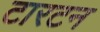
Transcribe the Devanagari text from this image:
टारटन